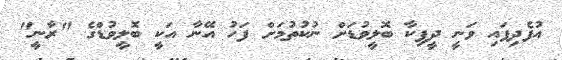
އުފެދިފައި ވަނީ ދީޕިކާ ބޮލީވުޑަށް ނުކުތުމަށް ފަހު އޭނާ އަކީ ބޮލީވުޑްގެ "ރާނީ"